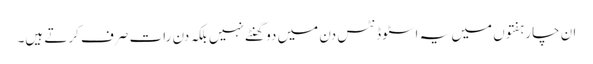
ان چار ہفتوں میں یہ اسٹوڈنٹس دن میں دو گھنٹے نہیں بلکہ دن رات صرف کرتے ہیں۔